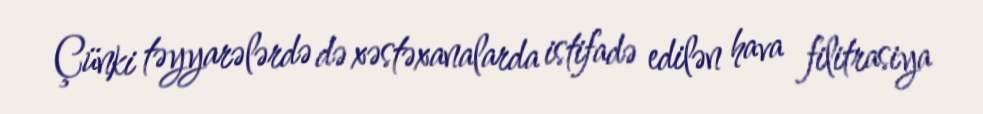
Çünki təyyarələrdə də xəstəxanalarda istifadə edilən hava filitrasiya